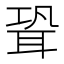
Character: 聓